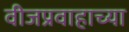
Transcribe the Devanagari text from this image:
वीजप्रवाहाच्या